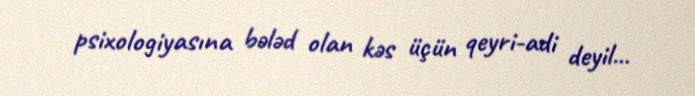
psixologiyasına bələd olan kəs üçün qeyri-adi deyil...